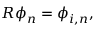
\boldsymbol { R } \boldsymbol { \phi } _ { n } = \boldsymbol { \phi } _ { i , n } ,